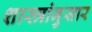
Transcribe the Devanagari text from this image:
शास्त्रांनुसार